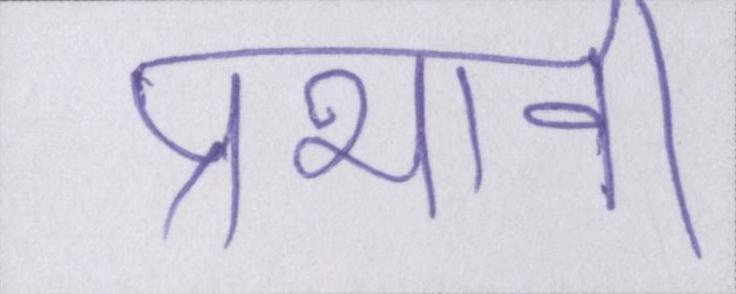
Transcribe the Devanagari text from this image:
प्रभावी